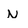
Character: N